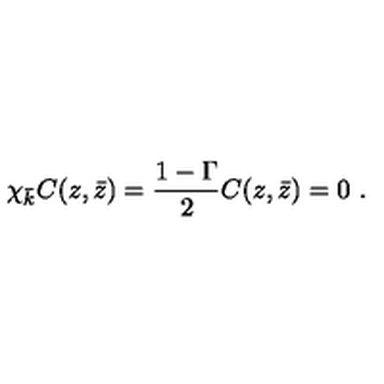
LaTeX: \chi _ { \bar { k } } C ( z , \bar { z } ) = { \frac { 1 - \Gamma } { 2 } } C ( z , \bar { z } ) = 0 \ .